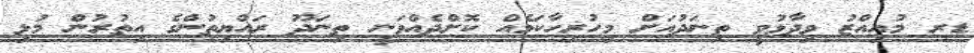
ޑރ މުއިއްޒު ވިދާޅުވީ ތިނަދުއަށް މިހުރިހާކަމެއް ކޮށްދެއްވަނީ ތިނަދޫ ރައްޔިތުންގެ އިތުރުން މުޅި